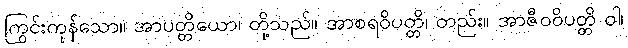
ကြွင်းကုန်သော။ အာပတ္တိယော၊ တို့သည်။ အာစရဝိပတ္တိ၊ တည်း။ အာဇီဝဝိပတ္တိ ဝါ၊